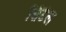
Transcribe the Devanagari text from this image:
सिटेल